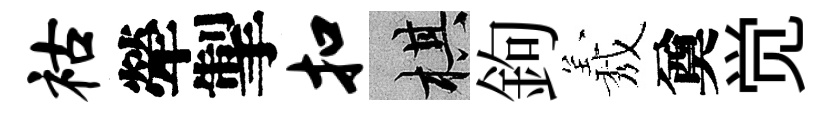
祜犖掣扣棋鉤𦏁奠觉